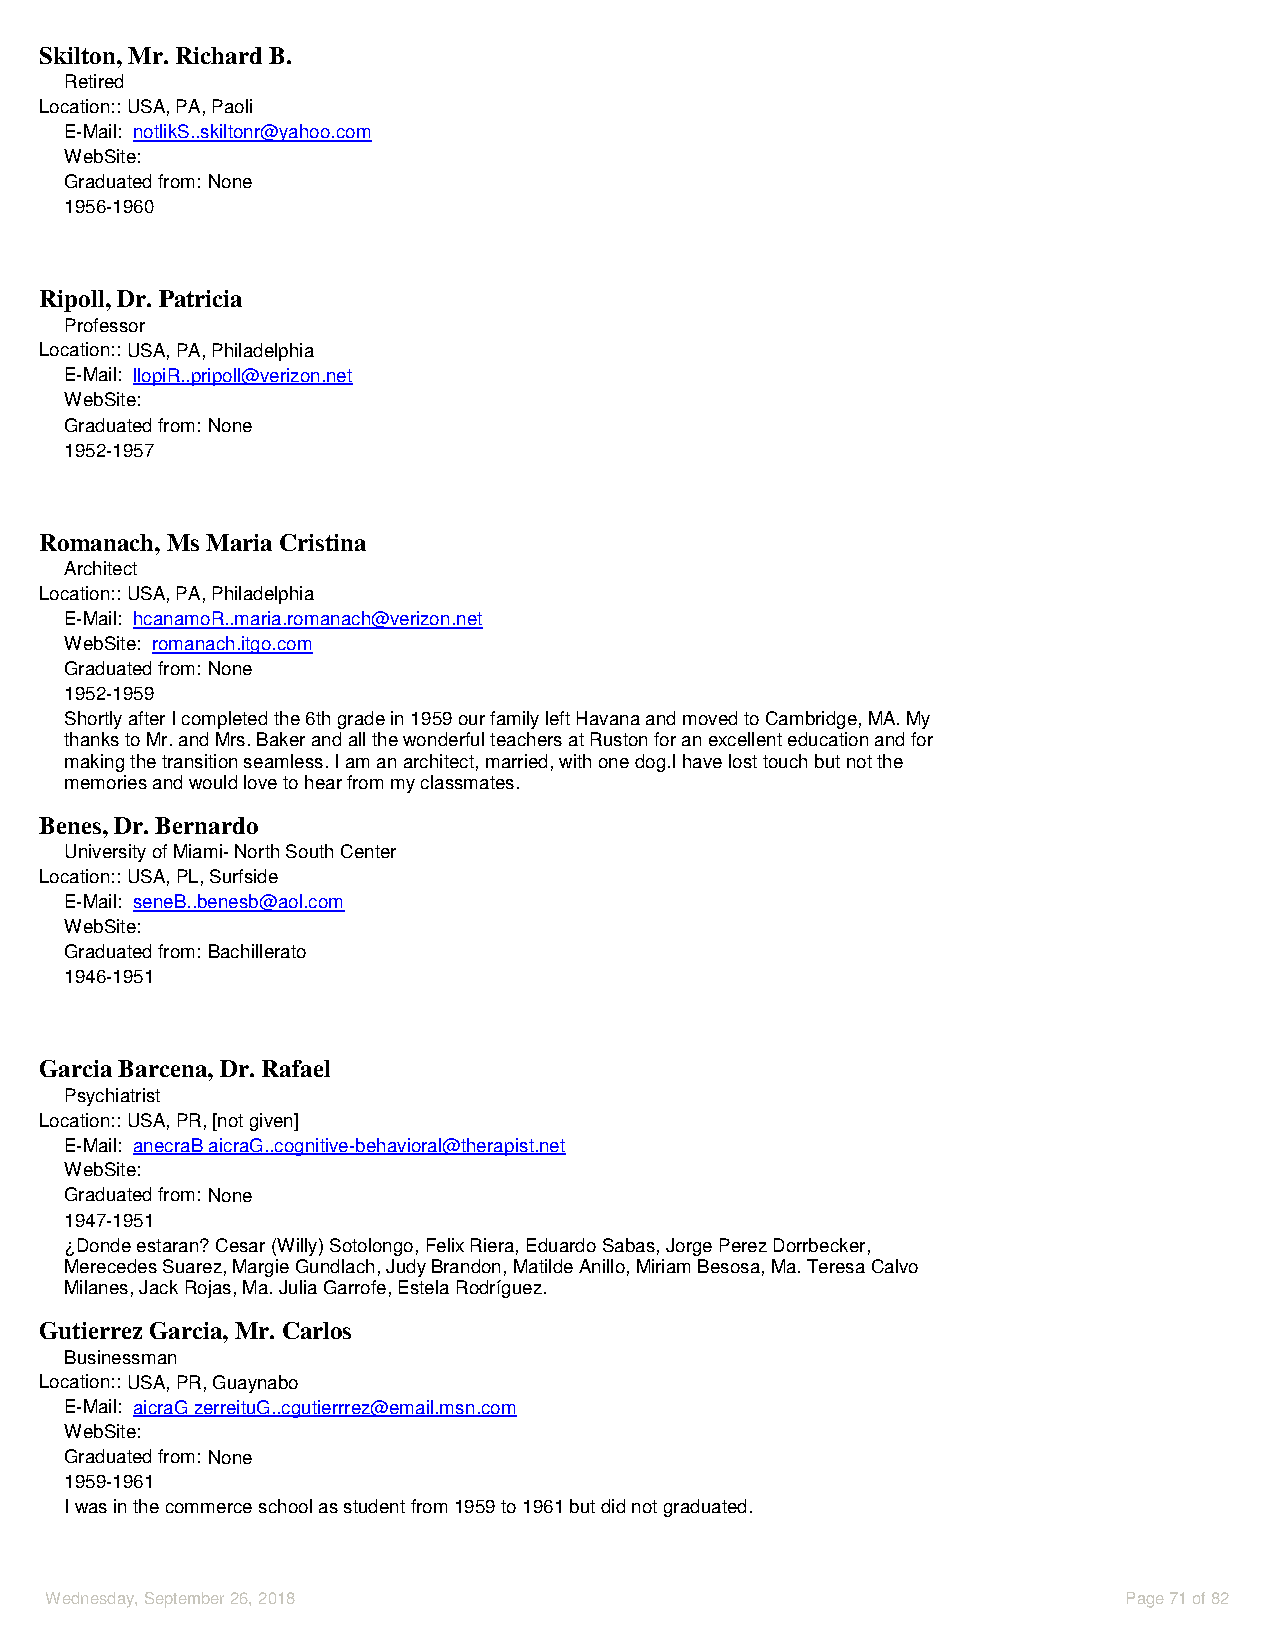
Skilton, Mr. Richard B.
 Retired
 Location::USA, PA, Paoli
 E-Mail: notlikS..skiltonr@yahoo.com
 WebSite:
 Graduated from: None
 1956-1960
 Ripoll, Dr. Patricia
 Professor
 Location::USA, PA, Philadelphia
 E-Mail: llopiR..pripoll@verizon.net
 WebSite:
 Graduated from: None
 1952-1957
 Romanach, Ms Maria Cristina
 Architect
 Location::USA, PA, Philadelphia
 E-Mail: hcanamoR..maria.romanach@verizon.net
 WebSite: romanach.itgo.com
 Graduated from: None
 1952-1959
 Shortly after I completed the 6th grade in 1959 our family left Havana and moved to Cambridge, MA. My
 thanks to Mr. and Mrs. Baker and all the wonderful teachers at Ruston for an excellent education and for
 making the transition seamless. I am an architect, married, with one dog.I have lost touch but not the
 memories and would love to hear from my classmates.
 Benes, Dr. Bernardo
 University of Miami- North South Center
 Location::USA, PL, Surfside
 E-Mail: seneB..benesb@aol.com
 WebSite:
 Graduated from: Bachillerato
 1946-1951
 Garcia Barcena, Dr. Rafael
 Psychiatrist
 Location::USA, PR, [not given]
 E-Mail: anecraB aicraG..cognitive-behavioral@therapist.net
 WebSite:
 Graduated from: None
 1947-1951
 ¿Donde estaran? Cesar (Willy) Sotolongo, Felix Riera, Eduardo Sabas, Jorge Perez Dorrbecker,
 Merecedes Suarez, Margie Gundlach, Judy Brandon, Matilde Anillo, Miriam Besosa, Ma. Teresa Calvo
 Milanes, Jack Rojas, Ma. Julia Garrofe, Estela Rodríguez.
 Gutierrez Garcia, Mr. Carlos
 Businessman
 Location::USA, PR, Guaynabo
 E-Mail: aicraG zerreituG..cgutierrrez@email.msn.com
 WebSite:
 Graduated from: None
 1959-1961
 I was in the commerce school as student from 1959 to 1961 but did not graduated.
 Wednesday, September 26, 2018                                           Page 71 of 82